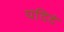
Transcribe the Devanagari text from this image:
यदिदं